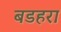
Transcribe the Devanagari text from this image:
बडहरा